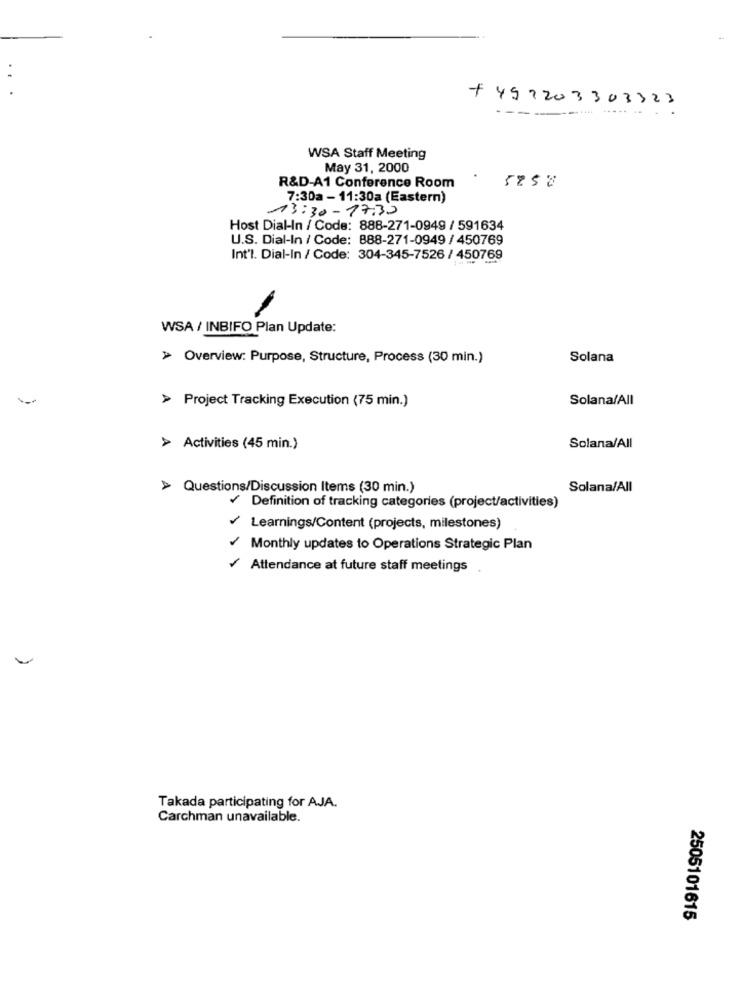
+497203303323
----- ----
WSA Staff Meeting
May 31, 2000
R&D-A1 Conference Room
585%
7:30a - 11:30a (Eastern)
13:30- 17:30
Host Dial-In / Code: 888-271-0949 / 591634
U.S. Dial-In / Code: 888-271-0949 / 450769
Int'l. Dial-In / Code: 304-345-7526 / 450769
WSA / INBIFO Plan Update:
> Overview: Purpose, Structure, Process (30 min.)
Solana
> Project Tracking Execution (75 min.)
Solana/All
> Activities (45 min.)
Solana/All
> Questions/Discussion Items (30 min.)
Solana/All
Definition of tracking categories (project/activities)
Learnings/Content (projects, milestones)
Monthly updates to Operations Strategic Plan
Attendance at future staff meetings
Takada participating for AJA.
Carchman unavailable.
2505101615